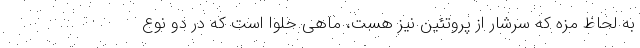
به لحاظ مزه که سرشار از پروتئین نیز هست، ماهی حلوا است که در دو نوع